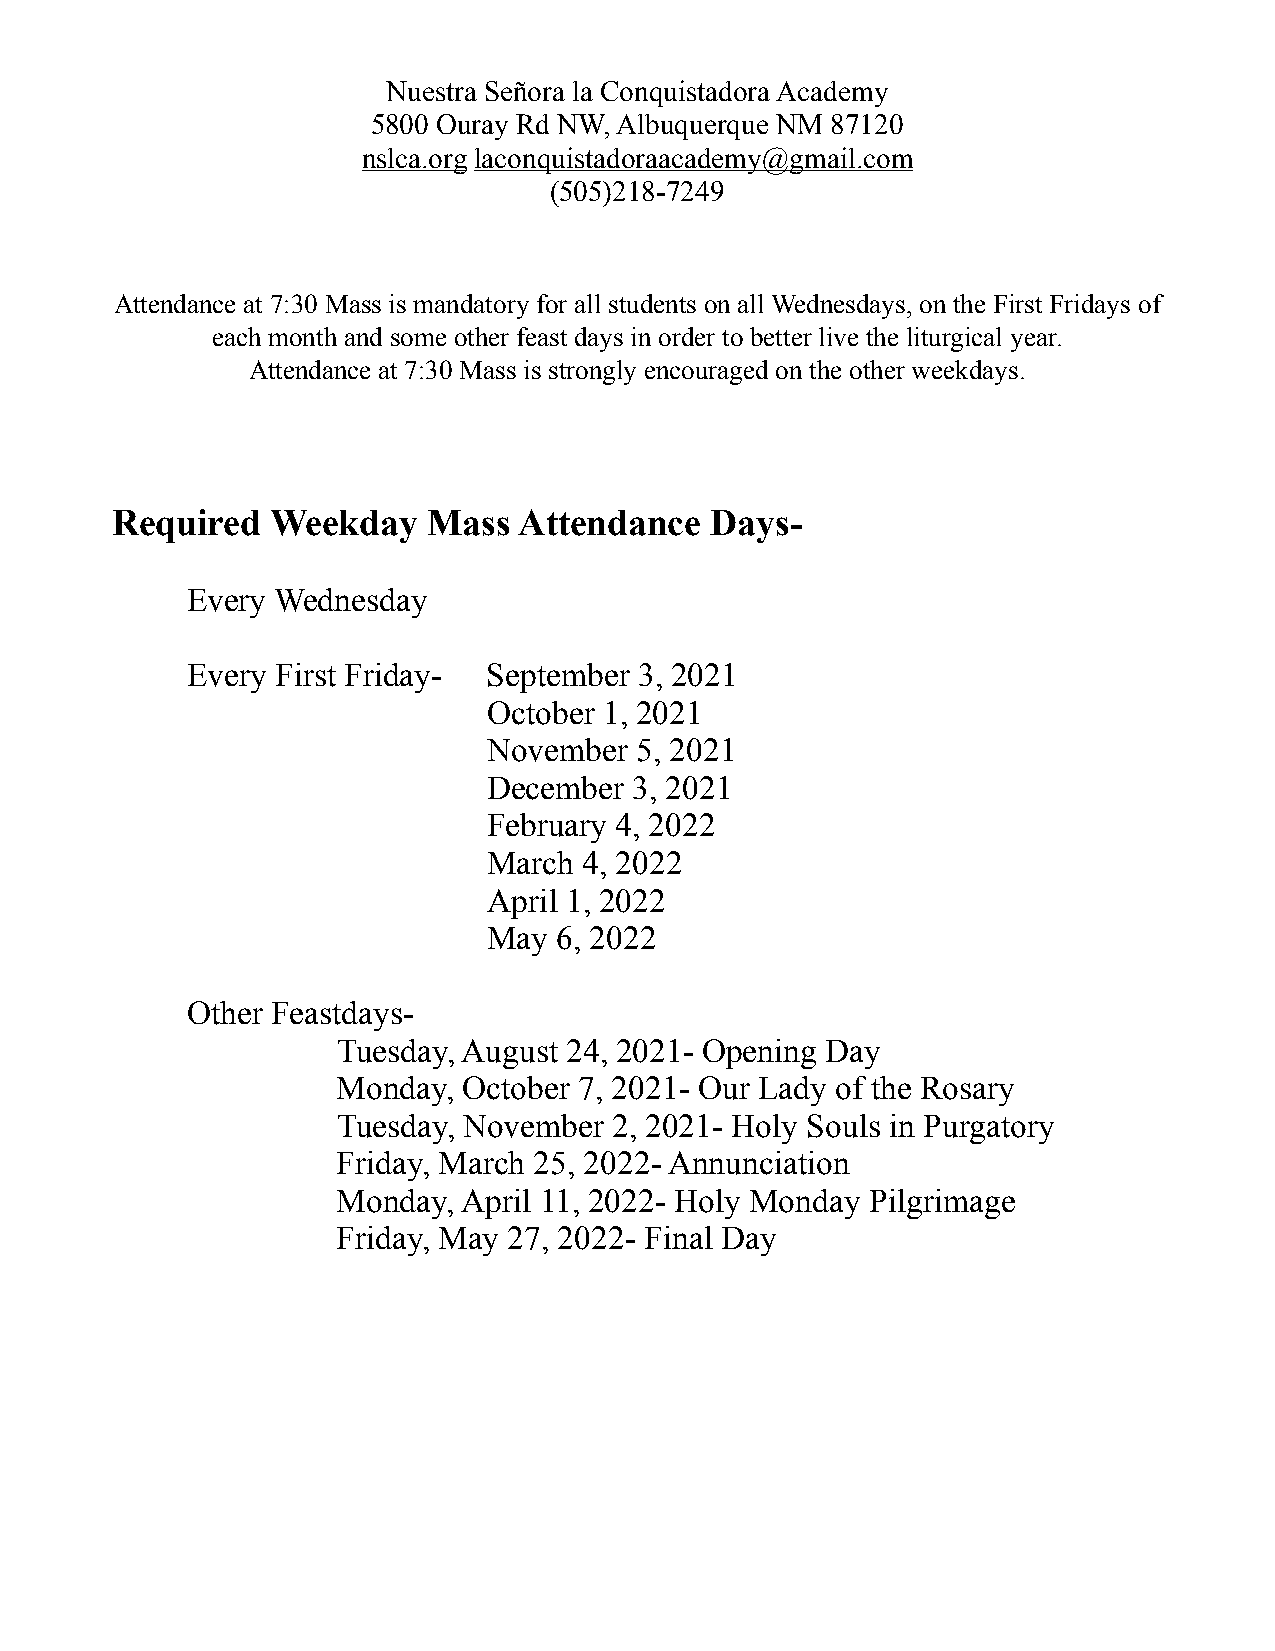
Nuestra Señora la Conquistadora Academy
 5800 Ouray Rd NW, Albuquerque NM 87120
 nslca.org laconquistadoraacademy@gmail.com
 (505)218-7249
 Attendance at 7:30 Mass is mandatory for all students on all Wednesdays, on the First Fridays of
 each month and some other feast days in order to better live the liturgical year.
 Attendance at 7:30 Mass is strongly encouraged on the other weekdays.
 Required   Weekday   Mass  Attendance   Days-
 Every Wednesday
 Every First Friday- September 3, 2021
 October 1, 2021
 November  5, 2021
 December  3, 2021
 February 4, 2022
 March  4, 2022
 April 1, 2022
 May  6, 2022
 Other Feastdays-
 Tuesday, August 24, 2021- Opening Day
 Monday,  October 7, 2021- Our Lady of the Rosary
 Tuesday, November  2, 2021- Holy Souls in Purgatory
 Friday, March 25, 2022- Annunciation
 Monday,  April 11, 2022- Holy Monday Pilgrimage
 Friday, May 27, 2022- Final Day